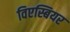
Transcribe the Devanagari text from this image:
विएस्बियर